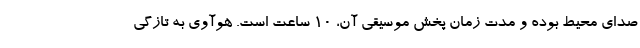
صدای محیط بوده و مدت زمان پخش موسیقی آن، 10 ساعت است. هوآوی به تازگی